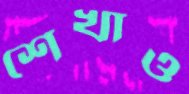
শেখাও